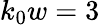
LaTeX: k_{0}w=3